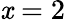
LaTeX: \mathit{x}=2